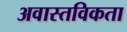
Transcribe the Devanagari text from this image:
अवास्तविकता